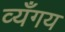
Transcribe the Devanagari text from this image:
व्यँगय